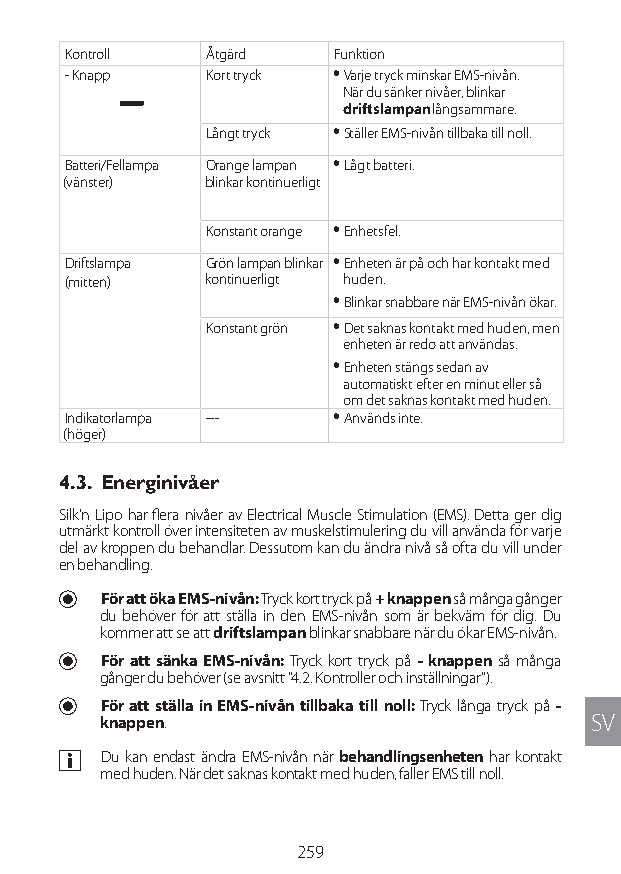
Kontroll Åtgärd   Funktion
 - Knapp  Kort tryck y Varje tryck minskar EMS-nivån.
 När du sänker nivåer, blinkar
 driftslampan långsammare.
 Långt tryck y Ställer EMS-nivån tillbaka till noll.
 Batteri/Fellampa Orange lampan y Lågt batteri.
 (vänster) blinkar kontinuerligt
 Konstant orange y Enhetsfel.
 Driftslampa Grön lampan blinkar y Enheten är på och har kontakt med
 (mitten) kontinuerligt huden.
 y Blinkar snabbare när EMS-nivån ökar.
 Konstant grön y Det saknas kontakt med huden, men
 enheten är redo att användas.
 y Enheten stängs sedan av
 automatiskt efter en minut eller så
 om det saknas kontakt med huden.
 Indikatorlampa --- y Används inte.
 (höger)
 4.3. Energinivåer
 Silk'n Lipo har flera nivåer av Electrical Muscle Stimulation (EMS). Detta ger dig
 utmärkt kontroll över intensiteten av muskelstimulering du vill använda för varje
 del av kroppen du behandlar. Dessutom kan du ändra nivå så ofta du vill under
 en behandling.
 U För att öka EMS-nivån: Tryck kort tryck på + knappen så många gånger
 du behöver för att ställa in den EMS-nivån som är bekväm för dig. Du
 kommer att se att driftslampan blinkar snabbare när du ökar EMS-nivån.
 U För att sänka EMS-nivån: Tryck kort tryck på - knappen så många
 gånger du behöver (se avsnitt "4.2. Kontroller och inställningar").
 U För att ställa in EMS-nivån tillbaka till noll: Tryck långa tryck på -
 knappen.                         SV
 a Du kan endast ändra EMS-nivån när behandlingsenheten har kontakt
 med huden. När det saknas kontakt med huden, faller EMS till noll.
 259
 Lipo UM EU124 3545B inside ALL EU124 ED296-24 release.indd 259 14/08/2018 10:57:48